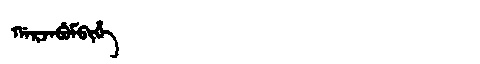
Manchu: ᡤᠠᡵᠵᠠᠪᡠᠮᠪᡳᡥᡝ
Romanization: GARJABUMBIHE